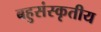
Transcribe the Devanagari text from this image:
बहुसंस्कृतीय